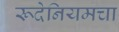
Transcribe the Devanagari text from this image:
रूदेनियमचा